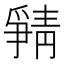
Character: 𲊖